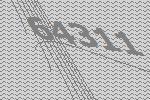
64311